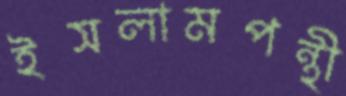
ইসলামপন্থী